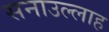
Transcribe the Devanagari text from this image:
सनाउल्‍लाह